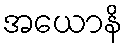
အယောနိ